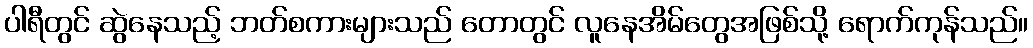
ပါရီတွင် ဆွဲနေသည့် ဘတ်စကားများသည် တောတွင် လူနေအိမ်တွေအဖြစ်သို့ ရောက်ကုန်သည်။